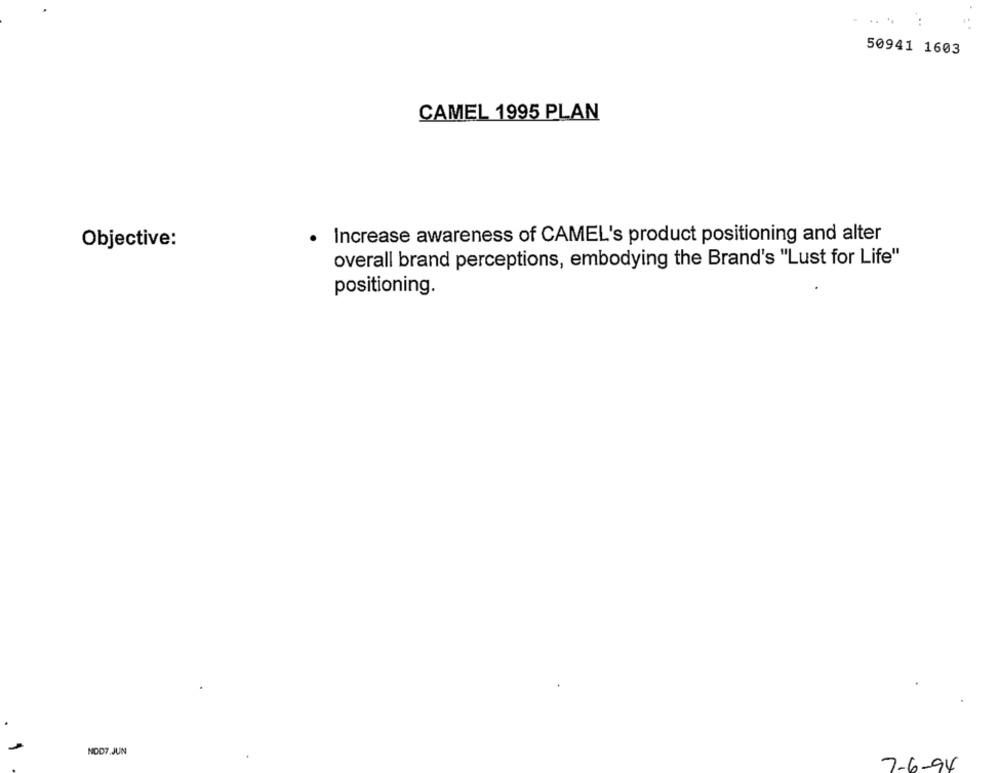
50941 1603
CAMEL 1995 PLAN
Increase awareness of CAMEL's product positioning and alter
Objective:
overall brand perceptions, embodying the Brand's "Lust for Life"
positioning.
NOD7.JUN
7-6-94